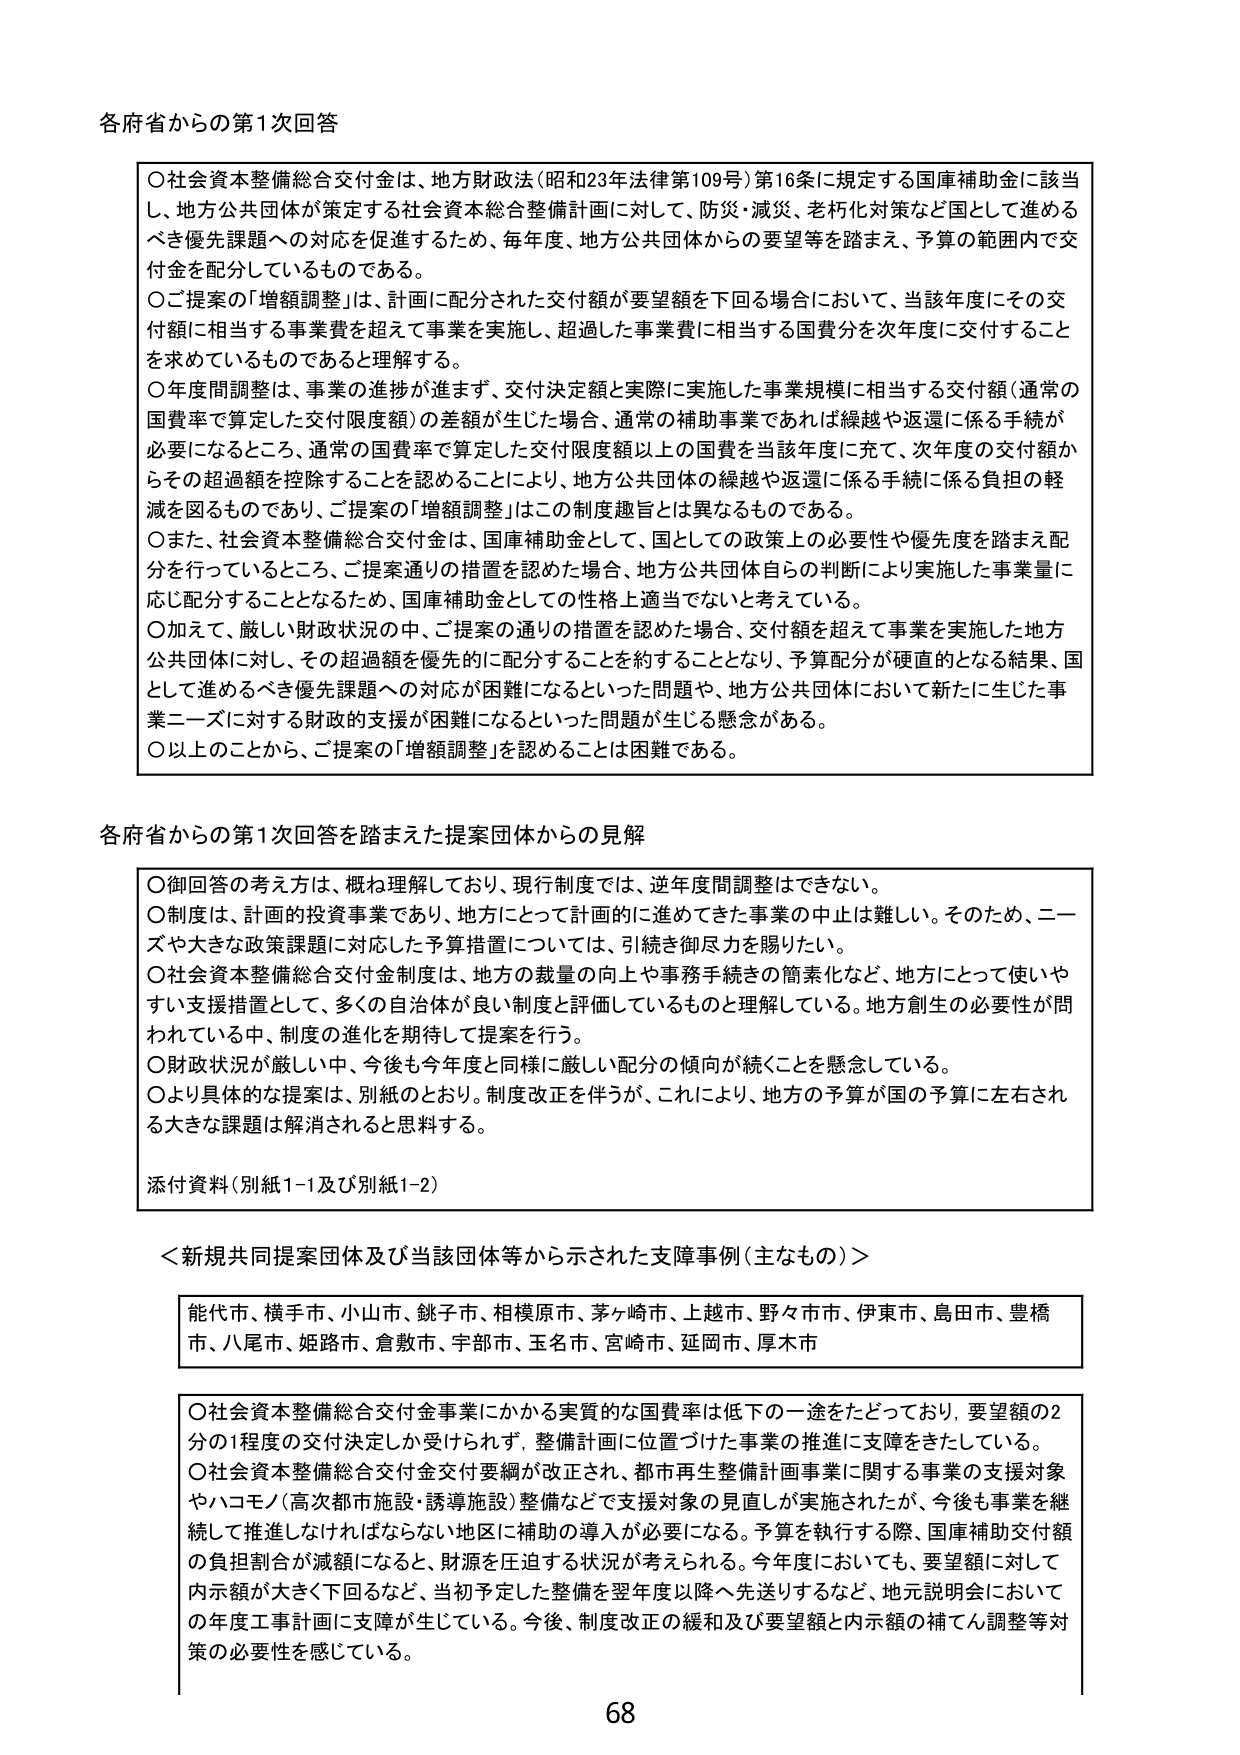
各府省からの第1次回答

〇社会資本整備総合交付金は、地方財政法（昭和23年法律第109号）第16条に規定する国庫補助金に該当し、地方公共団体が策定する社会資本総合整備計画に対して、防災・減災、老朽化対策など国として進めるべき優先課題への対応を促進するため、毎年度、地方公共団体からの要望等を踏まえ、予算の範囲内で交付金を配分しているものである。

〇ご提案の「増額調整」は、計画に配分された交付額が要望額を下回る場合において、当該年度にその交付額に相当する事業費を超えて事業を実施し、超過した事業費に相当する国費分を次年度に交付することを求めているものであると理解する。

〇年度間調整は、事業の進捗が進まず、交付決定額と実際に実施した事業規模に相当する交付額（通常の国費率で算定した交付限度額）の差額が生じた場合、通常の補助事業であれば繰越や返還に係る手続が必要になるところ、通常の国費率で算定した交付限度額以上の国費を当該年度に充て、次年度の交付額からその超過額を控除することを認めることにより、地方公共団体の繰越や返還に係る手続に係る負担の軽減を図るものであり、ご提案の「増額調整」はこの制度趣旨とは異なるものである。

〇また、社会資本整備総合交付金は、国庫補助金として、国としての政策上の必要性や優先度を踏まえ配分を行っているところ、ご提案通りの措置を認めた場合、地方公共団体自らの判断により実施した事業量に応じ配分することとなるため、国庫補助金としての性格上適当でないと考えている。

〇加えて、厳しい財政状況の中、ご提案の通りの措置を認めた場合、交付額を超えて事業を実施した地方公共団体に対し、その超過額を優先的に配分することを約することとなり、予算配分が硬直的となる結果、国として進めるべき優先課題への対応が困難になるといった問題や、地方公共団体において新たに生じた事業ニーズに対する財政的支援が困難になるといった問題が生じる懸念がある。

〇以上のことから、ご提案の「増額調整」を認めるることは困難である。

各府省からの第1次回答を踏まえた提案団体からの見解

〇御回答の考え方は、概ね理解しており、現行制度では、逆年度間調整はできない。

〇制度は、計画的投資事業であり、地方にとって計画的に進めてきた事業の中止は難しい。そのため、ニーズや大きな政策課題に対応した予算措置については、引続き御尽力を賜りたい。

〇社会資本整備総合交付金制度は、地方の裁量の向上や事務手続きの簡素化など、地方にとって使いやすい支援措置として、多くの自治体が良い制度と評価しているものと理解している。地方創生の必要性が問われている中、制度の進化を期待して提案を行う。

〇財政状況が厳しい中、今後も今年度と同様に厳しい配分の傾向が続くことを懸念している。

〇より具体的な提案は、別紙のとおり。制度改正を伴うが、これにより、地方の予算が国の予算に左右される大きな課題は解消されると思料する。

添付資料（別紙1-1及び別紙1-2）

＜新規共同提案団体及び当該団体等から示された支障事例（主なもの）＞

能代市、横手市、小山市、銚子市、相模原市、茅ヶ崎市、上越市、野々市市、伊東市、島田市、豊橋市、八尾市、姫路市、倉敷市、宇部市、玉名市、宮崎市、延岡市、厚木市

〇社会資本整備総合交付金事業にかかる実質的な国費率は低下の一途をたどっており、要望額の2分の1程度の交付決定しか受けられず、整備計画に位置づけた事業の推進に支障をきたしている。

〇社会資本整備総合交付金交付要綱が改正され、都市再生整備計画事業に関する事業の支援対象やハコモノ（高次都市施設・誘導施設）整備などで支援対象の見直しが実施されたが、今後も事業を継続して推進しなければならない地区に補助の導入が必要になる。予算を執行する際、国庫補助交付額の負担割合が減額になると、財源を圧迫する状況が考えられる。今年度においても、要望額に対して内示額が大きく下回るなど、当初予定した整備を翌年度以降へ先送りするなど、地元説明会においての年度工事計画に支障が生じている。今後、制度改正の緩和及び要望額と内示額の補てん調整等対策の必要性を感じている。

68